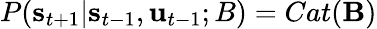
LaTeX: P(\mathbf{s}_{t+1}|\mathbf{s}_{t-1},\mathbf{u}_{t-1};B)=Cat(\mathbf{B})